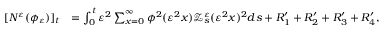
\begin{array} { r l } { [ N ^ { \varepsilon } ( \phi _ { \varepsilon } ) ] _ { t } } & { = \int _ { 0 } ^ { t } \varepsilon ^ { 2 } \sum _ { x = 0 } ^ { \infty } \phi ^ { 2 } ( \varepsilon ^ { 2 } x ) \mathscr { Z } _ { s } ^ { \varepsilon } ( \varepsilon ^ { 2 } x ) ^ { 2 } d s + R _ { 1 } ^ { \prime } + R _ { 2 } ^ { \prime } + R _ { 3 } ^ { \prime } + R _ { 4 } ^ { \prime } , } \end{array}